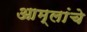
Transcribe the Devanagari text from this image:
आम्लांचे